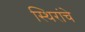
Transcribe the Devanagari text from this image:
स्थिरांचे